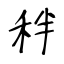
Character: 秚